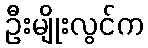
ဦးမျိုးလွင်က